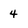
Character: 4